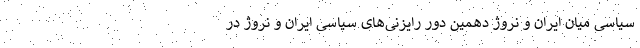
سیاسی میان ایران و نروژ دهمین دور رایزنی‌های سیاسی ایران و نروژ در